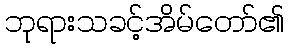
ဘုရားသခင့်အိမ်တော်၏